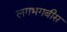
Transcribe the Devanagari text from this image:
लगभगबीस